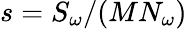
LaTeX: s=S_{\omega}/(MN_{\omega})